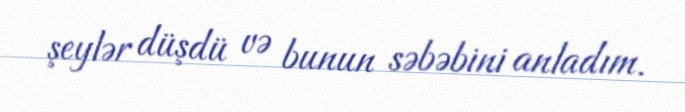
şeylər düşdü və bunun səbəbini anladım.